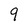
Character: 9